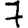
Digit: 7